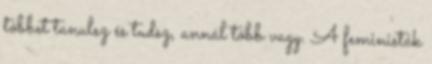
többet tanulsz és tudsz, annál több vagy. A feministák